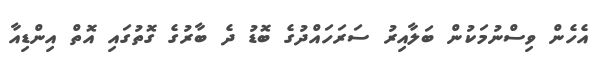
އެހެން ވިސްނުމަކުން ބަލާއިރު ސަރަހައްދުގެ ބޮޑު ދެ ބާރުގެ ގޮތުގައި އޮތް އިންޑިއާ